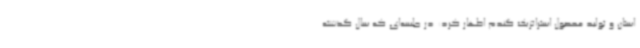
استان و تولید محصول استراتژیک گندم اظهار کرد: در جلسه‌ای که سال گذشته